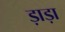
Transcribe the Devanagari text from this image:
ड़ाड़ा